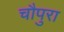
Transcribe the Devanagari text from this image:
चौपुरा